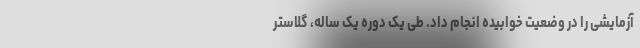
آزمایشی را در وضعیت خوابیده انجام داد. طی یک دوره یک ساله، گلاستر